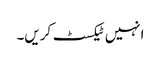
انہیں ٹیکسٹ کریں۔